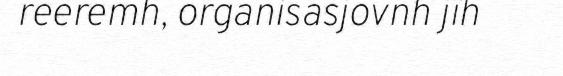
reeremh, organisasjovnh jïh